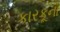
કારકૂનો